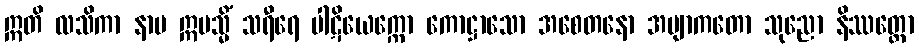
ဣတိ လသိကာ နာမ ဣမသ္မိံ သရီရေ ပါဋိယေက္ကော ကောဋ္ဌာသော အစေတနော အဗျာကတော သုညော နိဿတ္တော